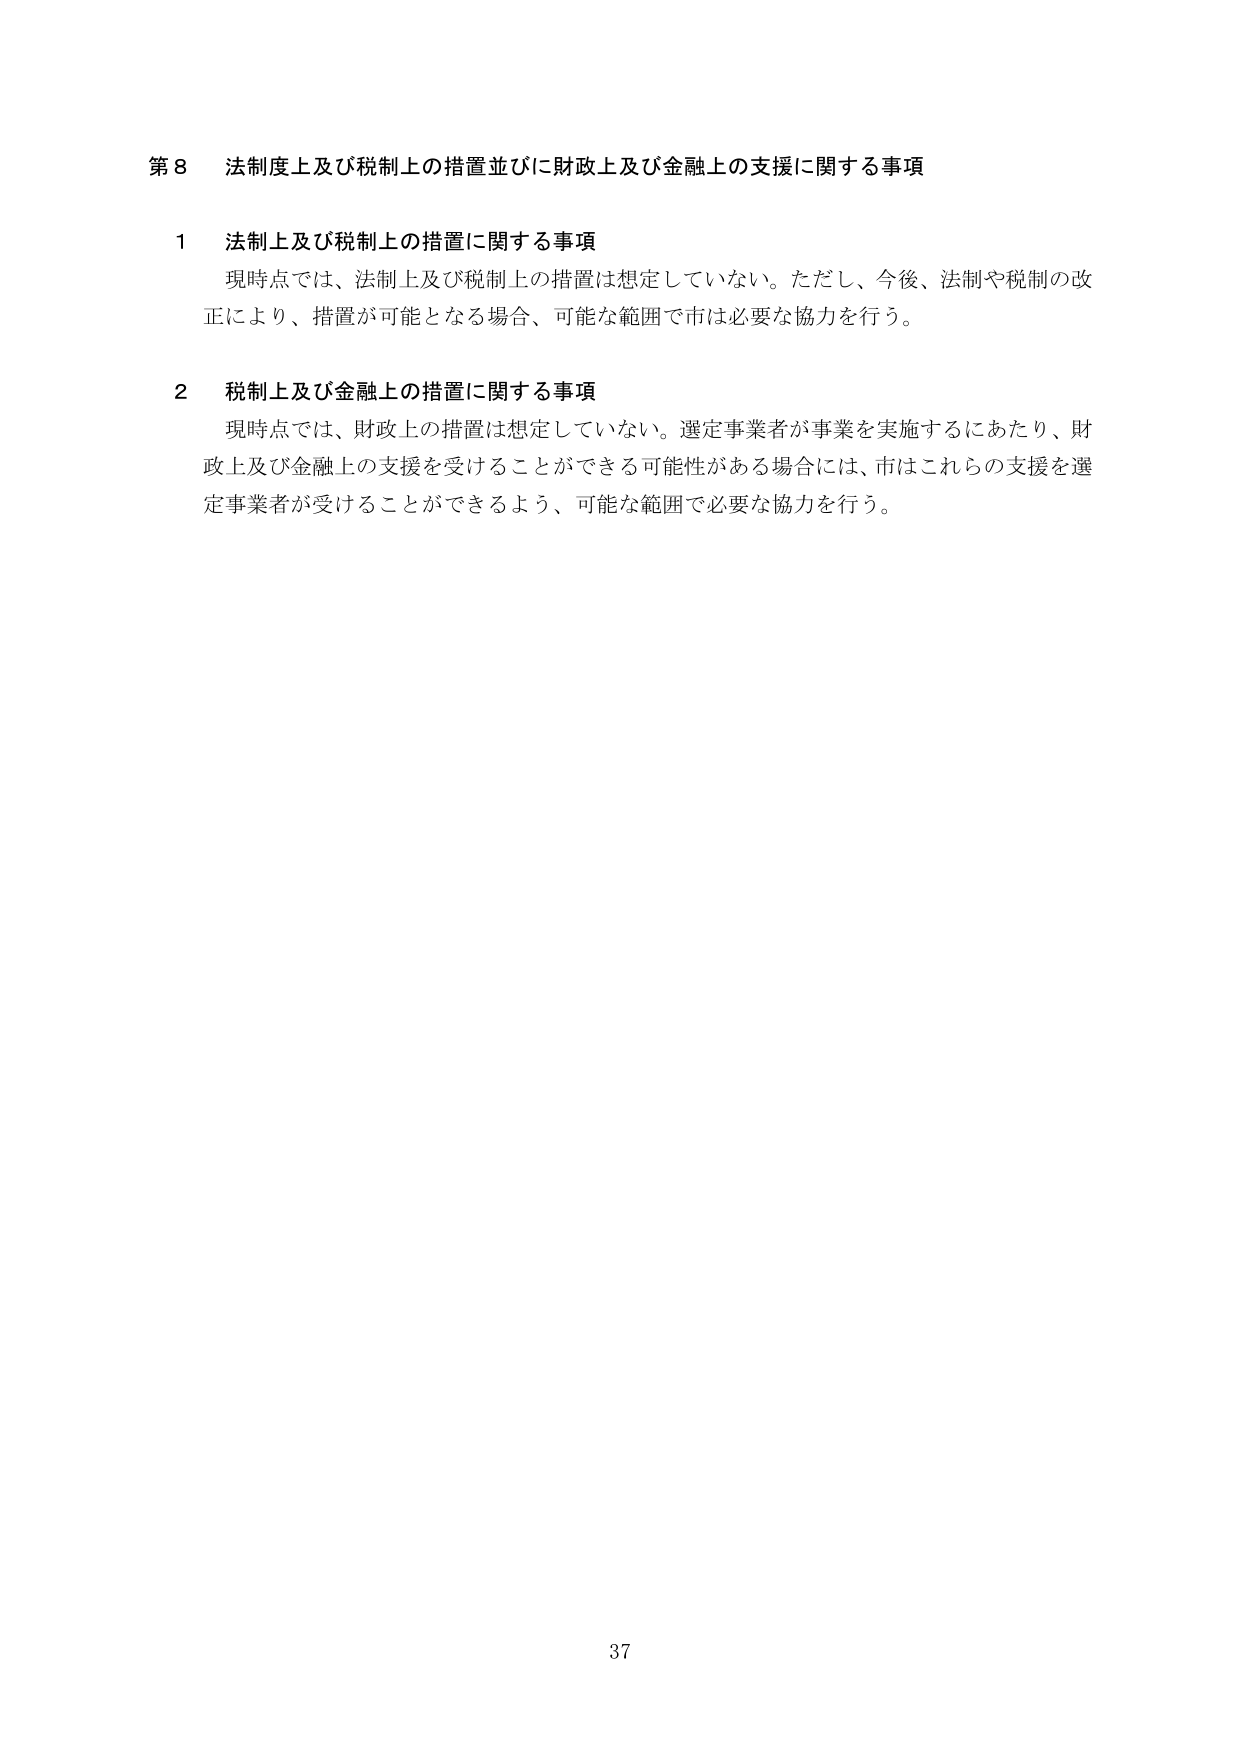
第８ 法制度上及び税制上の措置並びに財政上及び金融上の支援に関する事項

１ 法制上及び税制上の措置に関する事項
現時点では、法制上及び税制上の措置は想定していない。ただし、今後、法制や税制の改正により、措置が可能となる場合、可能な範囲で市は必要な協力を行う。

２ 税制上及び金融上の措置に関する事項
現時点では、財政上の措置は想定していない。選定事業者が事業を実施するにあたり、財政上及び金融上の支援を受けることができる可能性がある場合には、市はこれらの支援を選定事業者が受けることができるよう、可能な範囲で必要な協力を行う。

37